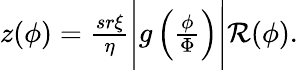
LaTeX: \begin{array}{r}{z(\phi)=\frac{sr\xi}{\eta}\Bigg|g\left(\frac{\phi}{\Phi}\right)\Bigg|\mathcal{R}(\phi).}\end{array}